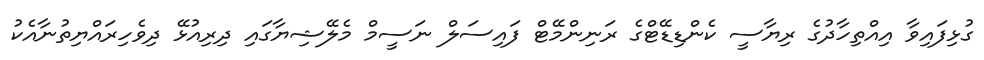
ގުޅިފައިވާ އިއްތިހާދުގެ ރިޔާސީ ކެންޑިޑޭޓްގެ ރަނިންމޭޓް ފައިސަލް ނަސީމް މެލޭޝިޔާގައި ދިރިއުޅޭ ދިވެހިރައްޔިތުނާއެކު